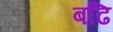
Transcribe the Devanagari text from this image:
बढि